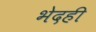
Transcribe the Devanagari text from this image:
भेदही